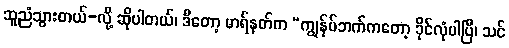
ဆူညံသွားတယ်-လို့ ဆိုပါတယ်၊ ဒီတော့ မာရ်နတ်က “ကျွန်ုပ်ဘက်ကတော့ ခိုင်လုံပါပြီ၊ သင်